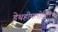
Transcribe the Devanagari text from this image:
डेथहीमलोनिल